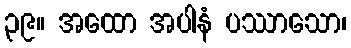
၃၉။ အထော အပါနံ ပဿာသော၊